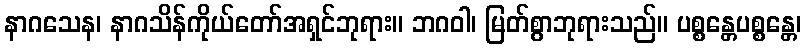
နာဂသေန၊ နာဂသိန်ကိုယ်တော်အရှင်ဘုရား။ ဘဂဝါ၊ မြတ်စွာဘုရားသည်။ ပစ္စန္တေပစ္စန္တေ၊